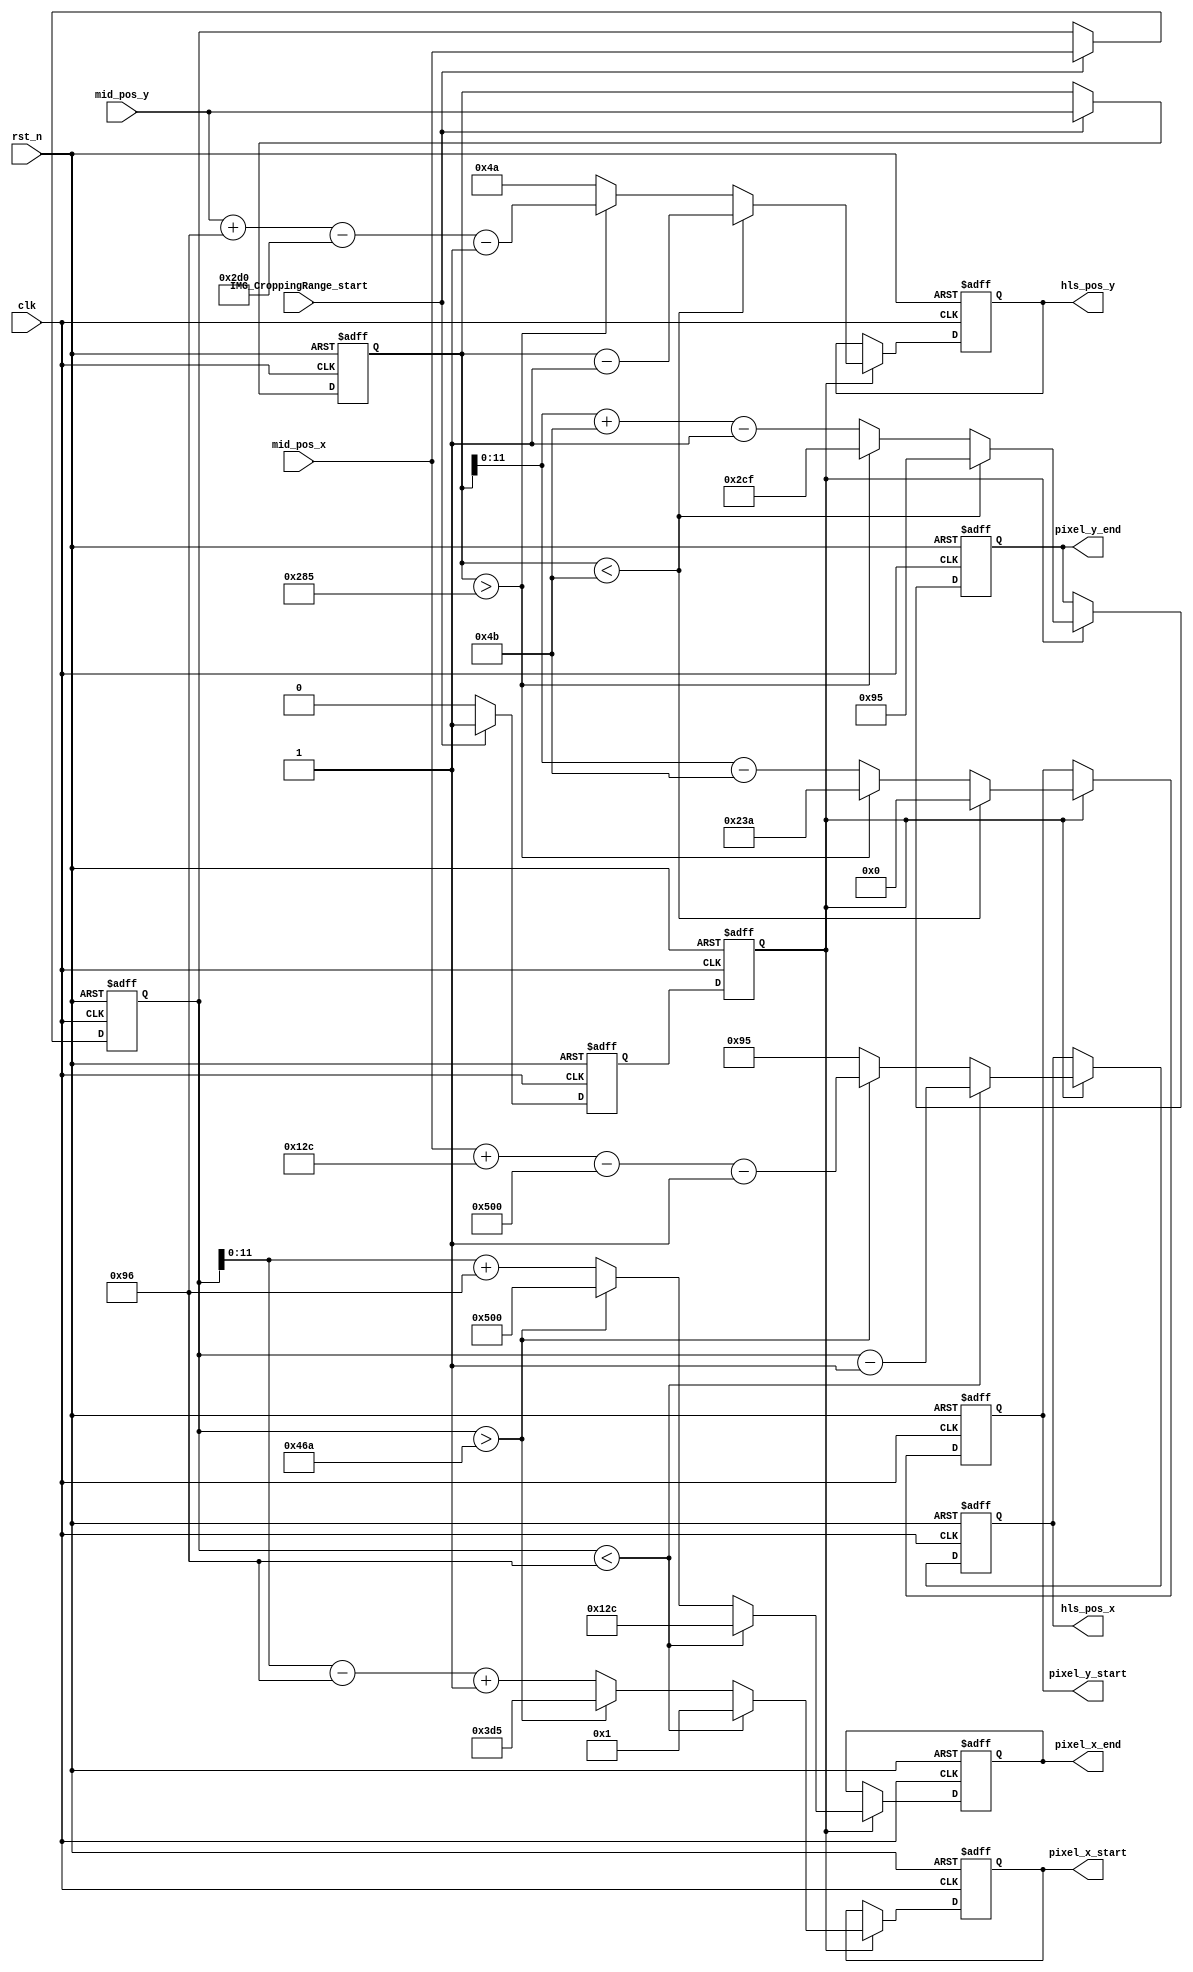
`timescale 1ns / 1ps
//////////////////////////////////////////////////////////////////////////////////
// Company: 
// Engineer: 
// 
// Design Name: 
// Module Name: Img_CroppingRange
// Project Name: 
// Target Devices: 
// Tool Versions: 
// Description: 
// 
// Dependencies: 
// 
// Revision:
// Revision 0.01 - File Created
// Additional Comments:
// 
//////////////////////////////////////////////////////////////////////////////////


module Img_CroppingRange(
    input wire clk,
    input wire rst_n,
    input wire IMG_CroppingRange_start,
    input wire [15:0] mid_pos_x,
    input wire [15:0] mid_pos_y,
    
    output  wire [15:0] hls_pos_x,//00
    output	wire [15:0]	hls_pos_y,//hls
    
	output	wire [11:0]	pixel_x_start,//
	output	wire [11:0]	pixel_x_end,
	output	wire [11:0]	pixel_y_start,
	output	wire [11:0]	pixel_y_end 
    );
parameter IMG_width = 1280;
parameter IMG_height = 720;
//parameter IMG_width = 640;
//parameter IMG_height = 480;

parameter Kuang_width = 300;
parameter Kuang_height = 150;

parameter Kuang_mid_x = 150;
parameter Kuang_mid_y = 75;

parameter Kuang_x_end = 1130;//1280-150=1130//640-150=490
parameter Kuang_y_end = 645;//720-75=645//480-75=405

reg	IMG_CroppingRange_start_r = 'd0;
reg	IMG_CroppingRange_start_r1 = 'd0;

reg [15:0] mid_pos_x_r ='d0;
reg [15:0] mid_pos_y_r ='d0;
reg	[15:0] hls_pos_x_r = 'd0;
reg	[15:0] hls_pos_y_r = 'd0;
reg	[11:0] pixel_x_start_r = 'd0;
reg	[11:0] pixel_x_end_r = 'd0;
reg	[11:0] pixel_y_start_r = 'd0;
reg	[11:0] pixel_y_end_r = 'd0;

always @(posedge clk or negedge rst_n)begin
	if(!rst_n) begin
		IMG_CroppingRange_start_r1 	<= 'd0;
		mid_pos_x_r 	<= 'd0;
		mid_pos_y_r 	<= 'd0;
	end
	else begin
		if(IMG_CroppingRange_start) begin
			IMG_CroppingRange_start_r1 	<= 'd1			;
			mid_pos_x_r 				<= 	mid_pos_x	;
			mid_pos_y_r 				<= 	mid_pos_y	;
			
		end
		else begin
			IMG_CroppingRange_start_r1 <= 'd0			;	
		end
	end
end

always @(posedge clk or negedge rst_n)begin
	if(!rst_n) begin
		IMG_CroppingRange_start_r 	<= 'd0;
	end
	else begin
		IMG_CroppingRange_start_r	<= IMG_CroppingRange_start_r1;
	end
end
/******************x********************************************************/
always@(posedge clk or negedge rst_n)begin
    if(!rst_n)begin
		pixel_x_start_r 	<= 'd0;
		pixel_x_end_r 	<= 'd0;
	end
	else begin
       if(IMG_CroppingRange_start_r) begin
   	      if(mid_pos_x_r < Kuang_mid_x) begin
   		       pixel_x_start_r 	<= 'd1;
   		       pixel_x_end_r	<= Kuang_width;
   	    end
   	    else if(mid_pos_x_r > Kuang_x_end) begin
   		       pixel_x_start_r 	<= 'd1281 - Kuang_width;
   		       pixel_x_end_r	<= 'd1280;
   	    end
    	else begin
   		       pixel_x_start_r 	<= mid_pos_x_r - Kuang_mid_x + 'd1;
   		       pixel_x_end_r	<= mid_pos_x_r + Kuang_mid_x;
    	end
	 end
    end
end
/*******************y*******************************************************/
always @(posedge clk or negedge rst_n)begin
	if(!rst_n) begin
			pixel_y_start_r <= 'd0;
			pixel_y_end_r 	<= 'd0;
		end
	else begin
		if(IMG_CroppingRange_start_r) begin
			if(mid_pos_y_r < Kuang_mid_y) begin
				pixel_y_start_r <= 'd0;
				pixel_y_end_r	<= Kuang_height -'d1;
			end
		    else if(mid_pos_y_r > Kuang_y_end) begin
					pixel_y_start_r <= 'd720 - Kuang_height;
					pixel_y_end_r	<= 'd719;
			end
		    else begin
					pixel_y_start_r <= mid_pos_y_r - Kuang_mid_y;
					pixel_y_end_r	<= mid_pos_y_r + Kuang_mid_y - 'd1;
			end
		end
	end
end
/**********************x**********************************************************/
always @(posedge clk or negedge rst_n)begin
if(!rst_n) begin
	hls_pos_x_r <= 'd0;
end
else begin
	if(IMG_CroppingRange_start_r) begin
		if(mid_pos_x_r < Kuang_mid_x) begin
				hls_pos_x_r <= mid_pos_x_r - 'd1;
		end
		else if(mid_pos_x_r > Kuang_x_end) begin
				hls_pos_x_r <= mid_pos_x + Kuang_width -'d1280 - 'd1;
		end
		else begin
				hls_pos_x_r <= Kuang_mid_x - 'd1 ;
			 end
		end
	end
end
/*******************y**********************************************************/
always @(posedge clk or negedge rst_n)begin
if(!rst_n) begin
	hls_pos_y_r <= 'd0;
end
else begin
    if(IMG_CroppingRange_start_r) begin
		if(mid_pos_y_r < Kuang_mid_y) begin
				hls_pos_y_r <= mid_pos_y_r - 'd1;
	    end
		else if(mid_pos_y_r > Kuang_y_end) begin
				hls_pos_y_r <= mid_pos_y + Kuang_height -'d720 - 'd1;
		end
		else begin
				hls_pos_y_r <= Kuang_mid_y - 'd1 ;
		     end
	    end
    end
end

assign	hls_pos_x		= hls_pos_x_r		;				
assign  hls_pos_y		= hls_pos_y_r		;

assign  pixel_x_start	= pixel_x_start_r	;
assign  pixel_x_end		= pixel_x_end_r		;
assign  pixel_y_start	= pixel_y_start_r	;
assign  pixel_y_end 	= pixel_y_end_r 	;
endmodule